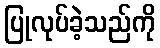
ပြုလုပ်ခဲ့သည်ကို